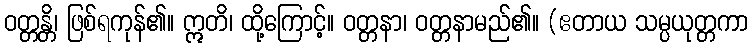
ဝတ္တန္တိ၊ ဖြစ်ရကုန်၏။ ဣတိ၊ ထို့ကြောင့်။ ဝတ္တနာ၊ ဝတ္တနာမည်၏။ (ဧတာယ သမ္ပယုတ္တကာ